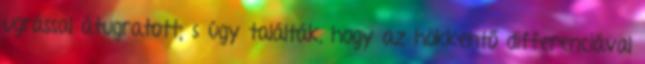
ugrással átugratott; s úgy találták, hogy az hökkentő differenciával